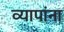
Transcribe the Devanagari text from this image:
व्यापांना